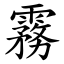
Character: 霧